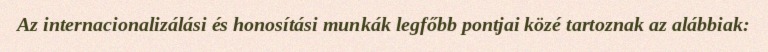
Az internacionalizálási és honosítási munkák legfőbb pontjai közé tartoznak az alábbiak: